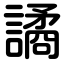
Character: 譎